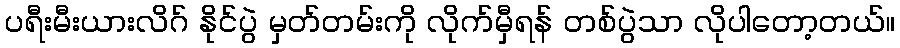
ပရီးမီးယားလိဂ် နိုင်ပွဲ မှတ်တမ်းကို လိုက်မှီရန် တစ်ပွဲသာ လိုပါတော့တယ်။